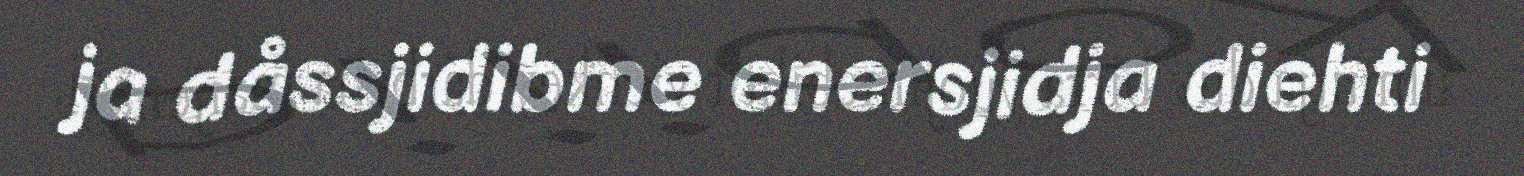
ja dåssjidibme enersjidja diehti